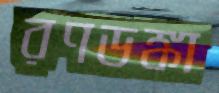
রণডঙ্কা